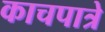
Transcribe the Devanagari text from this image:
काचपात्रे